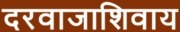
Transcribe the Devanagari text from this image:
दरवाजाशिवाय